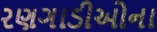
રણગાડીઓના